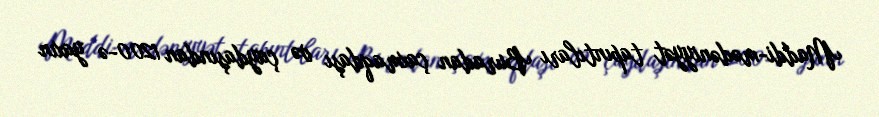
Maddi-mədəniyyət tapıntıları Buradan çaxmaqdaşı və çaydaşından 1200-ə yaxın